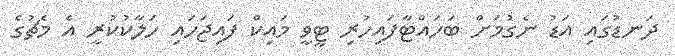
ދަނޑުގައި އަޑު ނެގުމަށް ބަހައްޓާފައިހުރި ޓީވީ މައިކް ފައިޖަހައި ހަލާކުކުރީ އެ މެޗުގެ